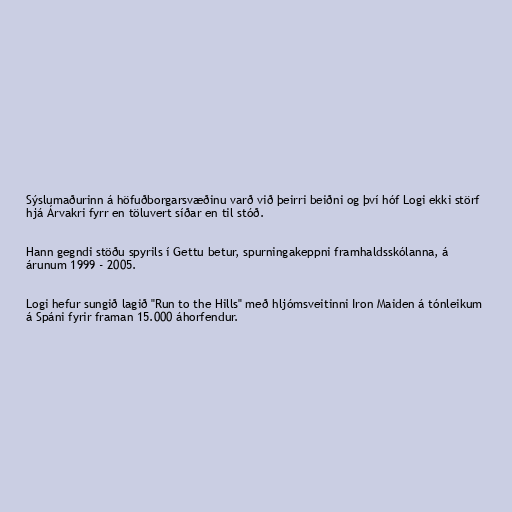
Sýslumaðurinn á höfuðborgarsvæðinu varð við þeirri beiðni og því hóf Logi ekki störf
hjá Árvakri fyrr en töluvert síðar en til stóð.

Hann gegndi stöðu spyrils í Gettu betur, spurningakeppni framhaldsskólanna, á
árunum 1999 - 2005.

Logi hefur sungið lagið "Run to the Hills" með hljómsveitinni Iron Maiden á tónleikum
á Spáni fyrir framan 15.000 áhorfendur.